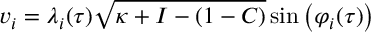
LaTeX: v _ { i } = \lambda _ { i } ( \tau ) \sqrt { \kappa + I - ( 1 - C ) } \sin \left( \varphi _ { i } ( \tau ) \right)